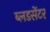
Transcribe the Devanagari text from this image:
ब्लडसेंटर